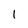
Character: l